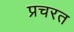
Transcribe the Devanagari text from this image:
प्रचरत